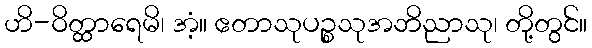
ဟိ-ဝိတ္ထာရေမိ၊ အံ့။ ဧတာသုပဉ္စသုအဘိညာသု၊ တို့တွင်။